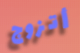
أتزوج